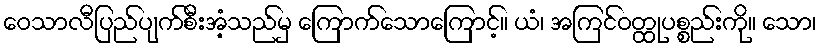
ဝေသာလီပြည်ပျက်စီးအံ့သည်မှ ကြောက်သောကြောင့်။ ယံ၊ အကြင်ဝတ္ထုပစ္စည်းကို။ သော၊